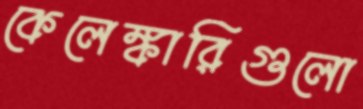
কেলেঙ্কারিগুলো